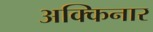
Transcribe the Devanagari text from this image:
अक्किनार